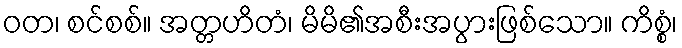
ဝတ၊ စင်စစ်။ အတ္တဟိတံ၊ မိမိ၏အစီးအပွားဖြစ်သော။ ကိစ္စံ၊